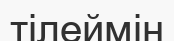
тілеймін